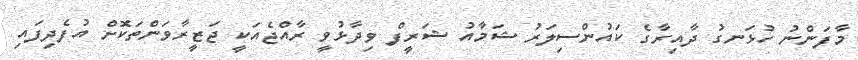
މާފަންނު ހުޅަނގު ދާއިރާގެ ކައުންސިލަރު ޝަމާއު ޝަރީފް ވިދާޅުވީ ރާއްޖެއަކީ ޖަޒީރާވަންތަކޮށް އުފެދިފައި